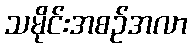
သမိုင်းအစဉ်အလာ